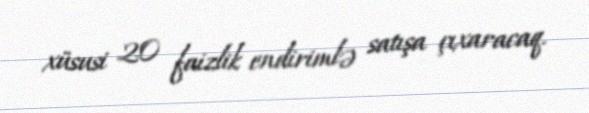
xüsusi 20 faizlik endirimlə satışa çıxaracaq.